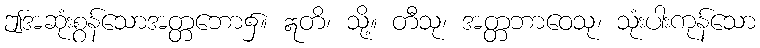
ဤအဆုံးစွန်သောအတ္တဘော၌။ ဣတိ၊ သို့။ တီသု၊ အတ္တဘာဝေသု၊ သုံးပါးကုန်သော